Civil Veterinary Department Bihar & Orissa reports 1929-36 - 1929-1936
Year: 1929
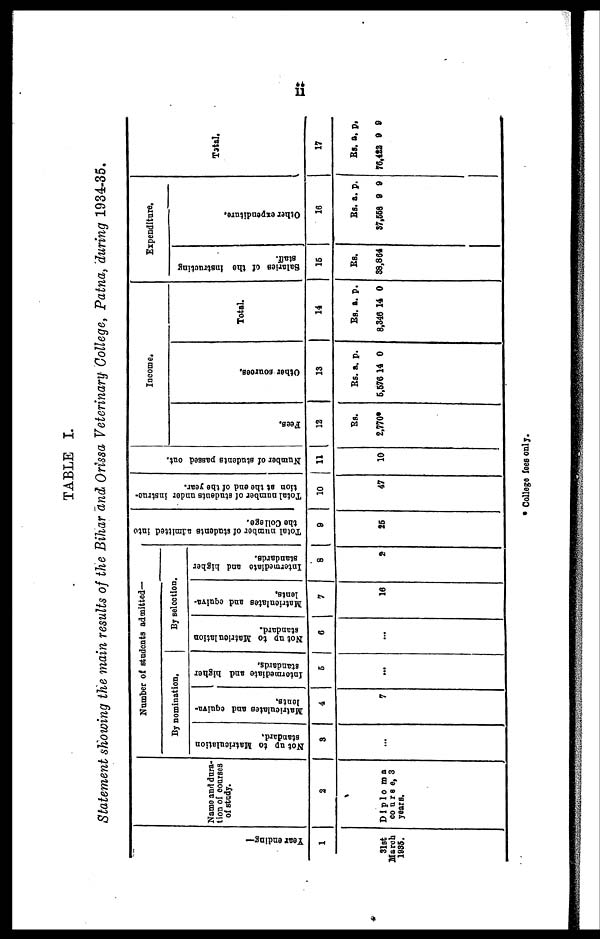
11
TABLE I.
Statement showing the main results of the Bihar and Orissa Veterinary College, Patna, during 1934-35.
Year endi ng—
1
31st
March
1985.
Name and dura-
tion of courses
of study.
2
Diploma
course, 3
years.
Number of students admitted—
By nomination.
Not up to Matriculation
standard.
3
...
Matriculates and equiva-
lents.
4
7
Intormediate
and higher
standards.
5
...
By selection.
Not up to Matrionlation
standard.
6
...
Matrioulates
and equiva-
lents.
7
16
Intermediate and higher
standards.
8
2
Total number of students admitted into
the College.
9
25
Total number of students
under instruc-
tion at tbe end of the year.
10
47
Number of students passed out.
11
10
Income.
Fees.
12
Rs.
2,770*
Ot her sources.
13
Rs.
5,576
a.
14
p.
0
Total.
14
Rs.
8,346
a.
14
p.
0
Expenditure.
Salaries of the Instructing
staff.
15
Rs.
88,864
Ot her expenditure.
16
Rs.
37,668
a.
9
p.
9
Total.
17
Rs.
76,422
a.
9
p.
9
* College fees only.